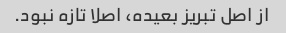
از اصل تبریز بعیده، اصلا تازه نبود.